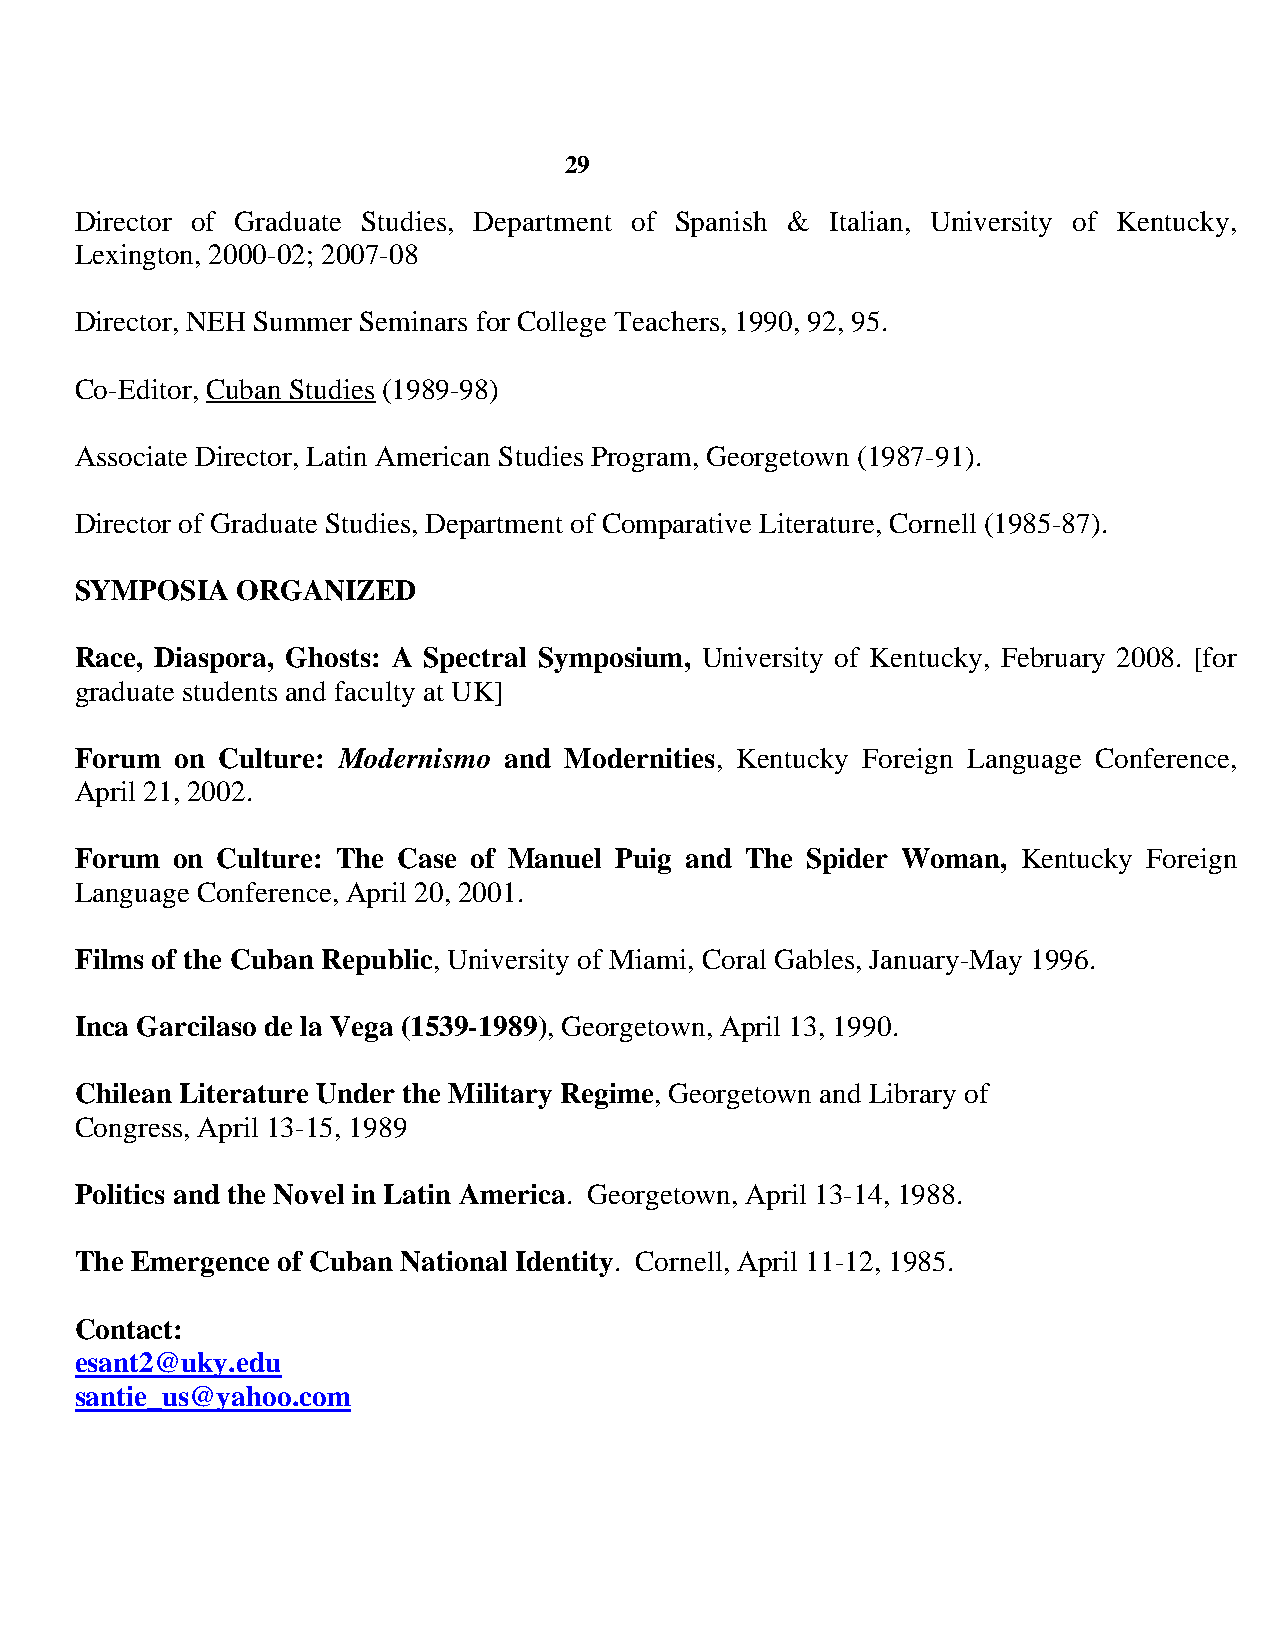
29
 Director of Graduate Studies, Department of Spanish & Italian, University of Kentucky,
 Lexington, 2000-02; 2007-08
 Director, NEH Summer Seminars for College Teachers, 1990, 92, 95.
 Co-Editor, Cuban Studies (1989-98)
 Associate Director, Latin American Studies Program, Georgetown (1987-91).
 Director of Graduate Studies, Department of Comparative Literature, Cornell (1985-87).
 SYMPOSIA   ORGANIZED
 Race, Diaspora, Ghosts: A Spectral Symposium, University of Kentucky, February 2008. [for
 graduate students and faculty at UK]
 Forum  on Culture: Modernismo and Modernities, Kentucky Foreign Language Conference,
 April 21, 2002.
 Forum on Culture: The Case of Manuel Puig and The Spider Woman, Kentucky Foreign
 Language Conference, April 20, 2001.
 Films of the Cuban Republic, University of Miami, Coral Gables, January-May 1996.
 Inca Garcilaso de la Vega (1539-1989), Georgetown, April 13, 1990.
 Chilean Literature Under the Military Regime, Georgetown and Library of
 Congress, April 13-15, 1989
 Politics and the Novel in Latin America. Georgetown, April 13-14, 1988.
 The Emergence of Cuban National Identity. Cornell, April 11-12, 1985.
 Contact:
 esant2@uky.edu
 santie_us@yahoo.com